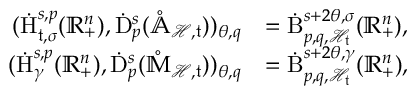
\begin{array} { r l } { ( \dot { \mathrm { H } } _ { { \mathfrak { t } } , \sigma } ^ { s , p } ( \mathbb { R } _ { + } ^ { n } ) , \dot { \mathrm { D } } _ { p } ^ { s } ( \mathring { \mathbb { A } } _ { \mathcal { H } , \mathfrak { t } } ) ) _ { \theta , q } } & { = \dot { \mathrm { B } } _ { p , q , \mathcal { H } _ { \mathfrak { t } } } ^ { s + 2 \theta , \sigma } ( \mathbb { R } _ { + } ^ { n } ) \mathrm { , ~ } } \\ { ( \dot { \mathrm { H } } _ { \gamma } ^ { s , p } ( \mathbb { R } _ { + } ^ { n } ) , \dot { \mathrm { D } } _ { p } ^ { s } ( \mathring { \mathbb { M } } _ { \mathcal { H } , \mathfrak { t } } ) ) _ { \theta , q } } & { = \dot { \mathrm { B } } _ { p , q , \mathcal { H } _ { \mathfrak { t } } } ^ { s + 2 \theta , \gamma } ( \mathbb { R } _ { + } ^ { n } ) \mathrm { , ~ } } \end{array}